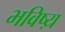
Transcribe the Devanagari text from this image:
भविष्य़